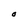
Character: O